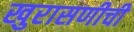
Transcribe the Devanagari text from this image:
खुरासणीची